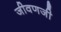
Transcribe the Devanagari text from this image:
जीवणजी